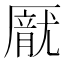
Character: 𪠙